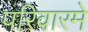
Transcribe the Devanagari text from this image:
परिवारमे